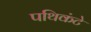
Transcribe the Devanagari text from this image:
पथिकंटे